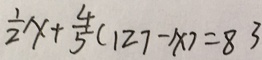
\frac { 1 } { 2 } x + \frac { 4 } { 5 } ( 1 2 7 - x ) = 8 3